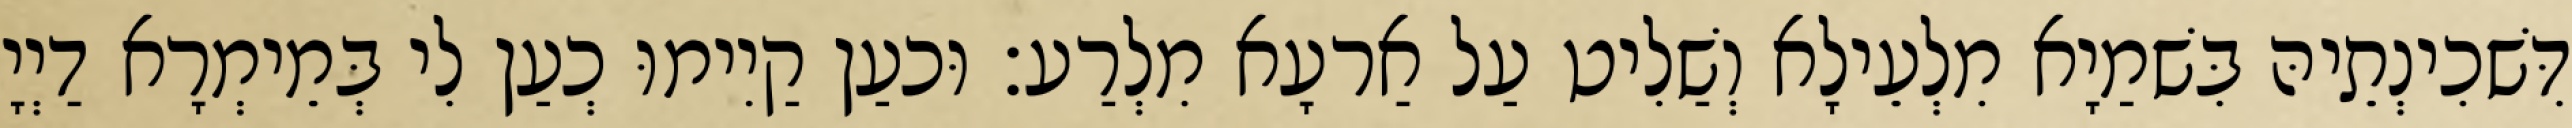
דִּשׁכִינְתֵיהּ בִּשׁמַיָא מִלְעֵילָא וְשַׁלִיט עַל אַרעָא מִלְרַע׃ וּכעַן קַיִימוּ כְעַן לִי בְּמֵימְרָא דַיְיָ